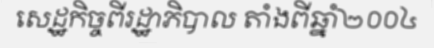
សេដ្ឋកិច្ចពីរដ្ឋាភិបាល តាំងពីឆ្នាំ២០០៤